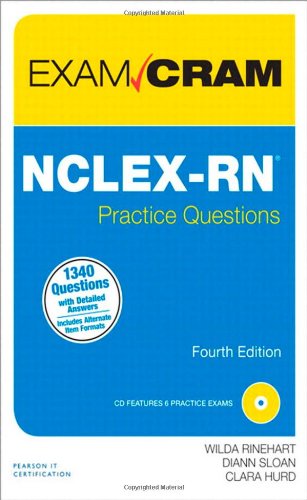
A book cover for NCLEX-RN Practice Questions Exam Cram (4th Edition); Wilda Rinehart; Test Preparation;